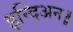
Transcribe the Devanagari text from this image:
इन्दिअन॥